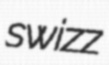
swizz